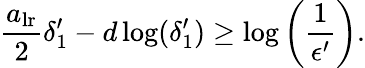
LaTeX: \frac{a_{\mathrm{lr}}}{2}\delta_{1}^{\prime}-d\log(\delta_{1}^{\prime})\geq\log\left(\frac{1}{\epsilon^{\prime}}\right).